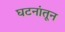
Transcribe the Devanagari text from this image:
घटनांतून